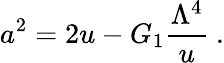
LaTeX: a^{2}=2u-G_{1}{\frac{\Lambda^{4}}{u}}\ .